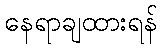
နေရာချထားရန်